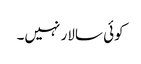
کوئی سالار نہیں۔